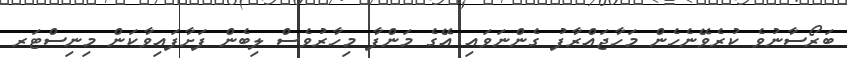
ބަރޯސާނުވެ ކުރެވޭނެހެން މަހާޖައްރާފު ގެންނަވައި އޭގެ މަންފާ މިހާރުވެސް ލިބެން ފަށާފައިވާކަން މިނިސްޓަރ